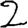
Digit: 2